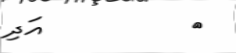
٧         އަދި